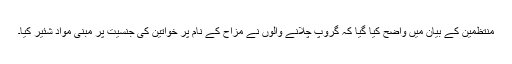
منتظمین کے بیان میں واضح کیا گیا کہ گروپ چلانے والوں نے مزاح کے نام پر خواتین کی جنسیت پر مبنی مواد شئیر کیا۔